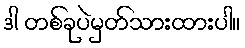
ဒါ တစ်ခုပဲမှတ်သားထားပါ။